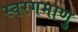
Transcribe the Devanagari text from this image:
स्वरगमाणु